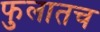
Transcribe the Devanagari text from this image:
फुलातच